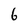
Character: 6